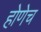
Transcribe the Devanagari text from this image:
होणेच